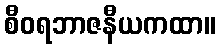
စီဝရဘာဇနီယကထာ။